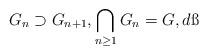
LaTeX: \begin{align*}G_n\supset G_{n+1},\bigcap_{n\geq 1}G_n=G,d\ss\end{align*}